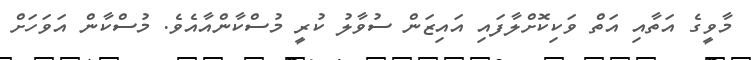
މާވީގެ އަތާއި އަތް ވަކިކޮށްލާފައި އައިޒަން ސުވާލު ކުރީ މުސްކާންއާއެވެ. މުސްކާން އަވަހަށް